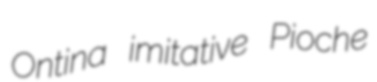
Ontina imitative Pioche